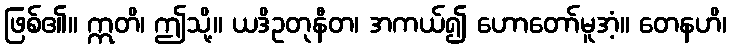
ဖြစ်၏။ ဣတိ၊ ဤသို့။ ယဒိဥတုနီတ၊ အကယ်၍ ဟောတော်မူအံ့။ တေနဟိ၊